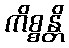
ကိစ္စန္တိ